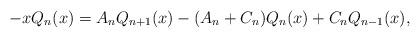
LaTeX: \begin{align*}-xQ_n(x) = A_nQ_{n+1}(x) - (A_n + C_n)Q_n(x) + C_nQ_{n-1}(x),\end{align*}